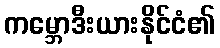
ကမ္ဘောဒီးယားနိုင်ငံ၏